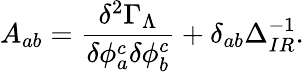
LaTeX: A_{ab}=\frac{\delta^{2}\Gamma_{\Lambda}}{\delta\phi_{a}^{c}\delta\phi_{b}^{c}}+\delta_{ab}\Delta_{IR}^{-1}.